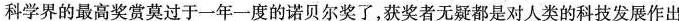
科学界的最高奖赏莫过于一年一度的诺贝尔奖了，获奖者无疑都是对人类的科技发展作出